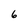
Character: 6